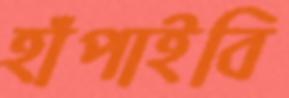
হাঁপাইবি